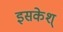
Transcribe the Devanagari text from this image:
इसकेश्